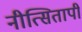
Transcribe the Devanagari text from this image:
नीत्सितापी